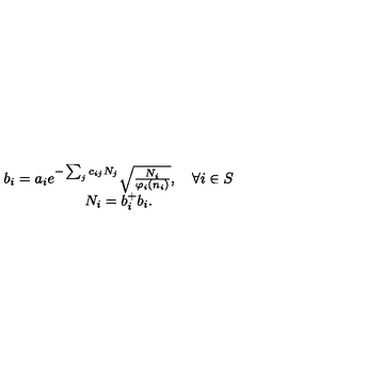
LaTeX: \begin{array} { c } { b _ { i } = a _ { i } e ^ { - \sum _ { j } c _ { i j } N _ { j } } \sqrt { \frac { N _ { i } } { \varphi _ { i } ( n _ { i } ) } } , \quad \forall i \in S } \\ { N _ { i } = b _ { i } ^ { + } b _ { i } . } \\ \end{array}